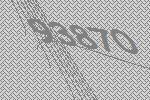
93870